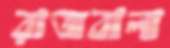
রাজবালা